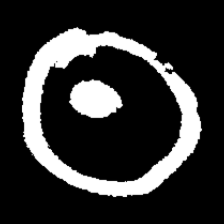
Pyu character \u2014 Myanmar letter: ထ (romanized: tha)